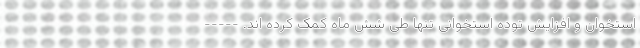
استخوان و افزایش توده استخوانی تنها طی شش ماه کمک کرده اند. -----